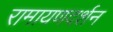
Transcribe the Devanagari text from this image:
रामायणदर्शन